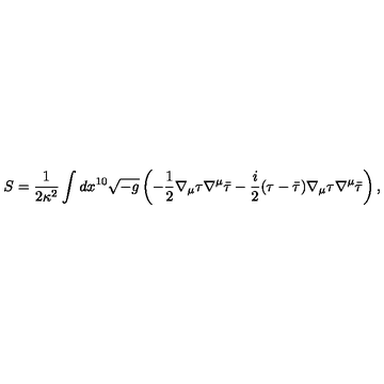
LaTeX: S = \frac { 1 } { 2 \kappa ^ { 2 } } \int d x ^ { 1 0 } \sqrt { - g } \left( - \frac { 1 } { 2 } \nabla _ { \mu } \tau \nabla ^ { \mu } \bar { \tau } - \frac { i } { 2 } ( \tau - \bar { \tau } ) \nabla _ { \mu } \tau \nabla ^ { \mu } \bar { \tau } \right) ,